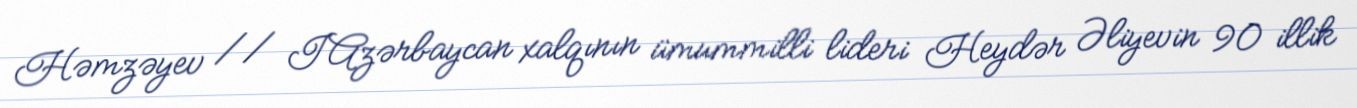
Həmzəyev // IAzərbaycan xalqının ümummilli lideri Heydər Əliyevin 90 illik